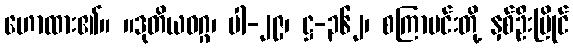
ဟောထား၏။ ။ဒုတိယဝဂ္ဂ၊ ပါ-၂၉၊ ဋ္ဌ-၃၆၂၊ စကြာမင်းတို့ နှစ်ဦးပြိုင်